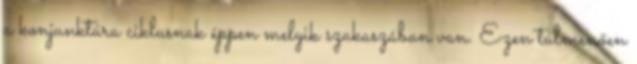
a konjunktúra ciklusnak éppen melyik szakaszában van. Ezen túlmenően